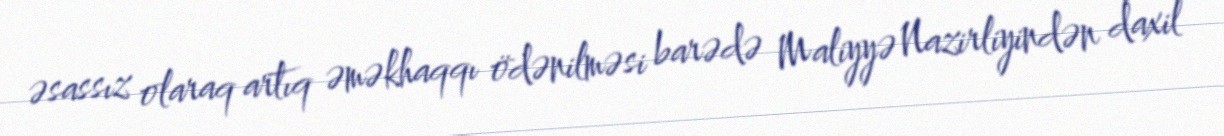
əsassız olaraq artıq əməkhaqqı ödənilməsi barədə Maliyyə Nazirliyindən daxil